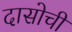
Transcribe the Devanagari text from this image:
दासोची